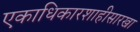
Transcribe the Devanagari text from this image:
एकाधिकारशाहीसारखा